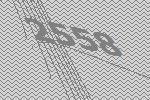
2558